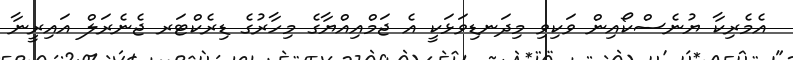
އެމެރިކާ ޔުނެސްކޯއިން ވަކިވި މިދަނޑިވަޅަކީ އެ ޖަމްއިއްޔާގެ މިހާރުގެ ޑިރެކްޓަރ ޖެނެރަލް އައިރީނާ